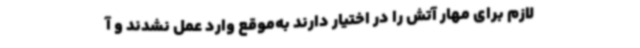
لازم برای مهار آتش را در اختیار دارند ‌به‌موقع وارد عمل نشدند و آ